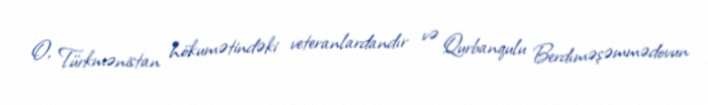
O, Türkmənistan hökumətindəki veteranlardandır və Qurbanqulu Berdıməşəmmədovun